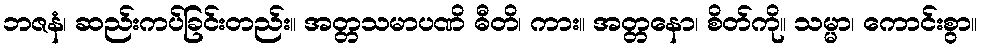
ဘဇနံ၊ ဆည်းကပ်ခြင်းတည်း။ အတ္တသမာပဏိ ဓီတိ၊ ကား။ အတ္တနော၊ စိတ်ကို။ သမ္မာ၊ ကောင်းစွာ။